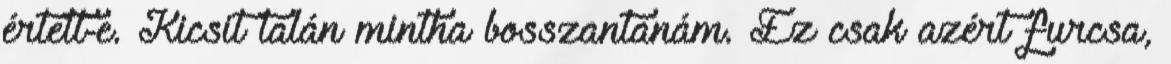
értett-e. Kicsit talán mintha bosszantanám. Ez csak azért furcsa,